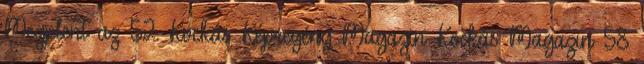
Megjelent az 52. Kockás Képregény Magazin Kockás Magazin 58